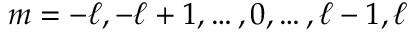
m = - \ell , - \ell + 1 , \ldots , 0 , \ldots , \ell - 1 , \ell